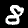
Label: 8